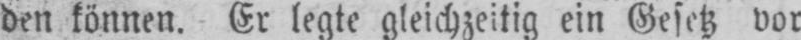
den können. Er legte gleichzeitig ein Gesetz vor